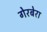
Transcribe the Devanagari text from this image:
गेरबेरा